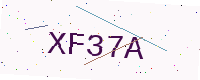
Text: XF37A